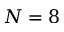
N = 8